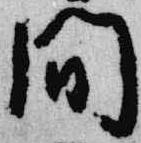
間